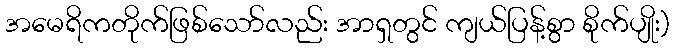
အမေရိကတိုက်ဖြစ်သော်လည်း အာရှတွင် ကျယ်ပြန့်စွာ စိုက်ပျိုး)